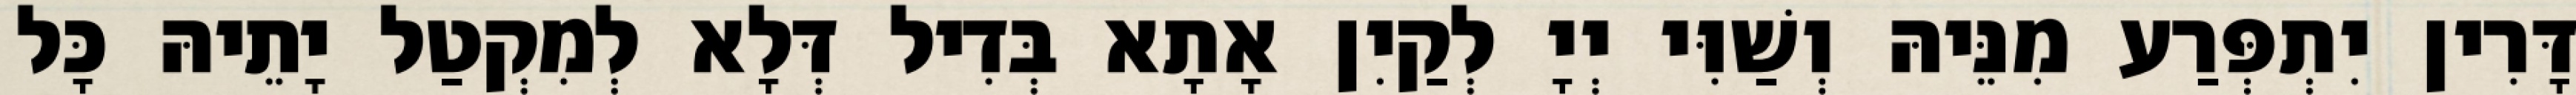
דָּרִין יִתְפְּרַע מִנֵּיהּ וְשַׁוִּי יְיָ לְקַיִן אָתָא בְּדִיל דְּלָא לְמִקְטַל יָתֵיהּ כָּל